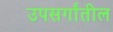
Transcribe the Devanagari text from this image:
उपसर्गांतील